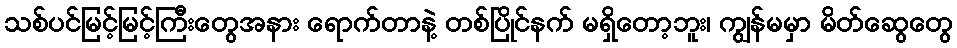
သစ်ပင်မြင့်မြင့်ကြီးတွေအနား ရောက်တာနဲ့ တစ်ပြိုင်နက် မရှိတော့ဘူး၊ ကျွန်မမှာ မိတ်ဆွေတွေ